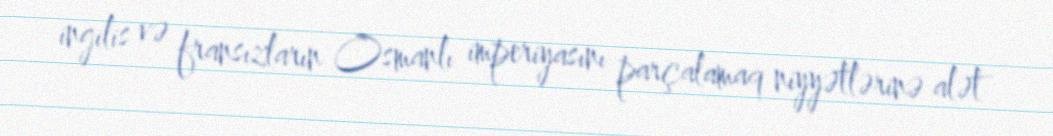
ingilis və fransızların Osmanlı imperiyasını parçalamaq niyyətlərinə alət